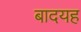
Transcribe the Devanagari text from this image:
बादयह